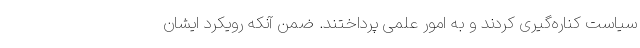
سیاست کناره‌گیری کردند و به امور علمی پرداختند. ضمن آنکه رویکرد ایشان